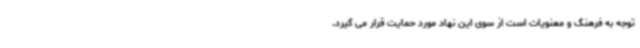
توجه به فرهنگ و معنویات است از سوی این نهاد مورد حمایت قرار می گیرد.